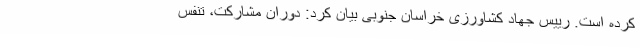
کرده است. رییس جهاد کشاورزی خراسان جنوبی بیان کرد: دوران مشارکت، تنفس